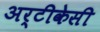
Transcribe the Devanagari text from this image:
अर्टीकेसी